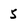
Character: 5